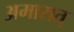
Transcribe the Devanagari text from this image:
अमारात्